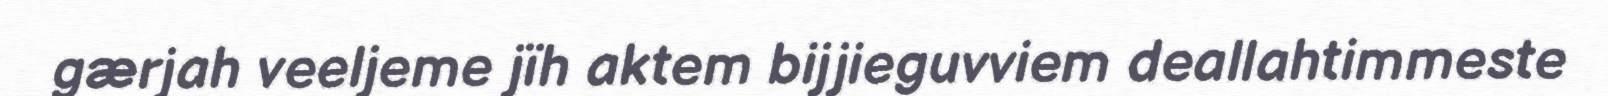
gærjah veeljeme jïh aktem bijjieguvviem deallahtimmeste